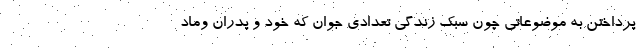
پرداختن به موضوعاتی چون سبک زندگی تعدادی جوان که خود و پدران وماد